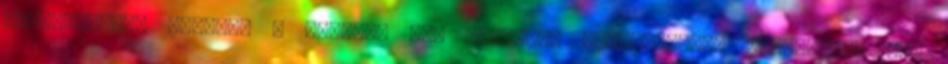
elektronikus aláírás a kódolás egy fajtája. Elektronikus aláíráskor ún.